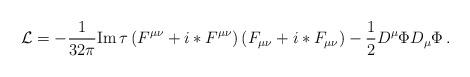
LaTeX: \begin{align*}{\cal L}=-\frac{1}{32\pi}{\rm Im}\, \tau \left(F^{\mu\nu}+i*F^{\mu\nu}\right) \left(F_{\mu\nu}+i*F_{\mu\nu}\right) - \frac{1}{2} D^{\mu}\Phi D_{\mu} \Phi \, .\end{align*}